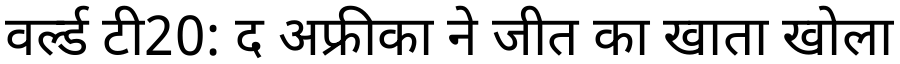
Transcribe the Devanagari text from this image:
वर्ल्ड टी20: द अफ्रीका ने जीत का खाता खोला